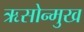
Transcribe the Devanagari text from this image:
ऋसोन्मुख